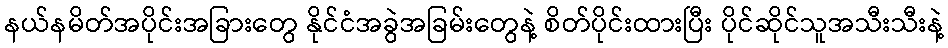
နယ်နမိတ်အပိုင်းအခြားတွေ နိုင်ငံအခွဲအခြမ်းတွေနဲ့ စိတ်ပိုင်းထားပြီး ပိုင်ဆိုင်သူအသီးသီးနဲ့